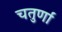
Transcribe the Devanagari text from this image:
चतुर्णां